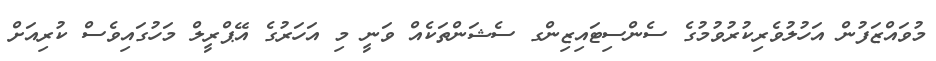
މުވައްޒަފުން އަހުލުވެރިކުރުވުމުގެ ސެންސިޓައިޒިންގ ސެޝަންތަކެއް ވަނީ މި އަހަރުގެ އޭޕްރީލް މަހުގައިވެސް ކުރިއަށް